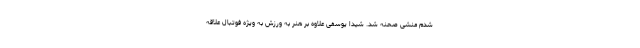
شدم منشی صحنه شد. شیدا یوسفی علاوه بر هنر به ورزش به ویژه فوتبال علاقه